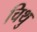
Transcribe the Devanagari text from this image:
चिथु